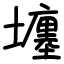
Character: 㙻